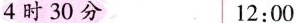
4时30分 12:00